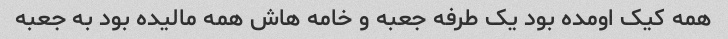
همه کیک اومده بود یک طرفه جعبه و خامه هاش همه مالیده بود به جعبه